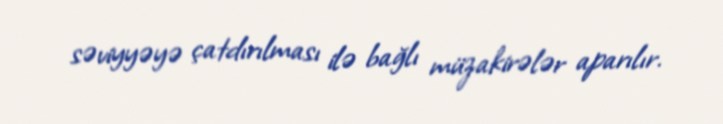
səviyyəyə çatdırılması ilə bağlı müzakirələr aparılır.